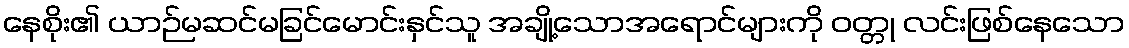
နေစိုး၏ ယာဉ်မဆင်မခြင်မောင်းနှင်သူ အချို့သောအရောင်များကို ဝတ္တု လင်းဖြစ်နေသော